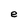
Character: e